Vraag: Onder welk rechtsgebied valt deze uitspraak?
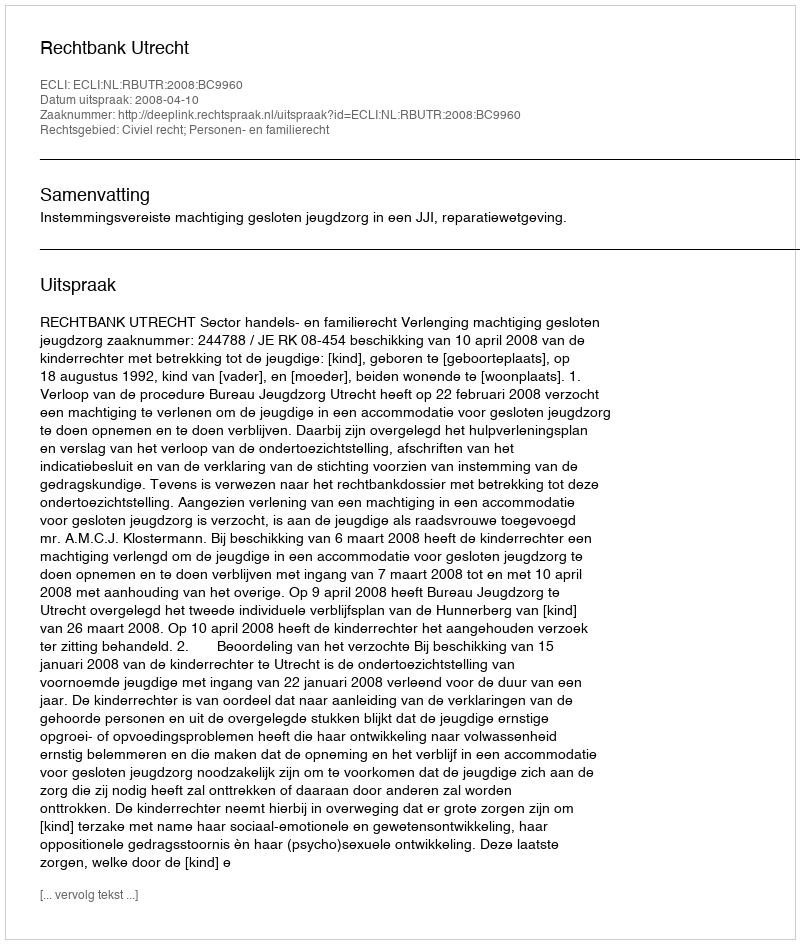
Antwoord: Civiel recht; Personen- en familierecht